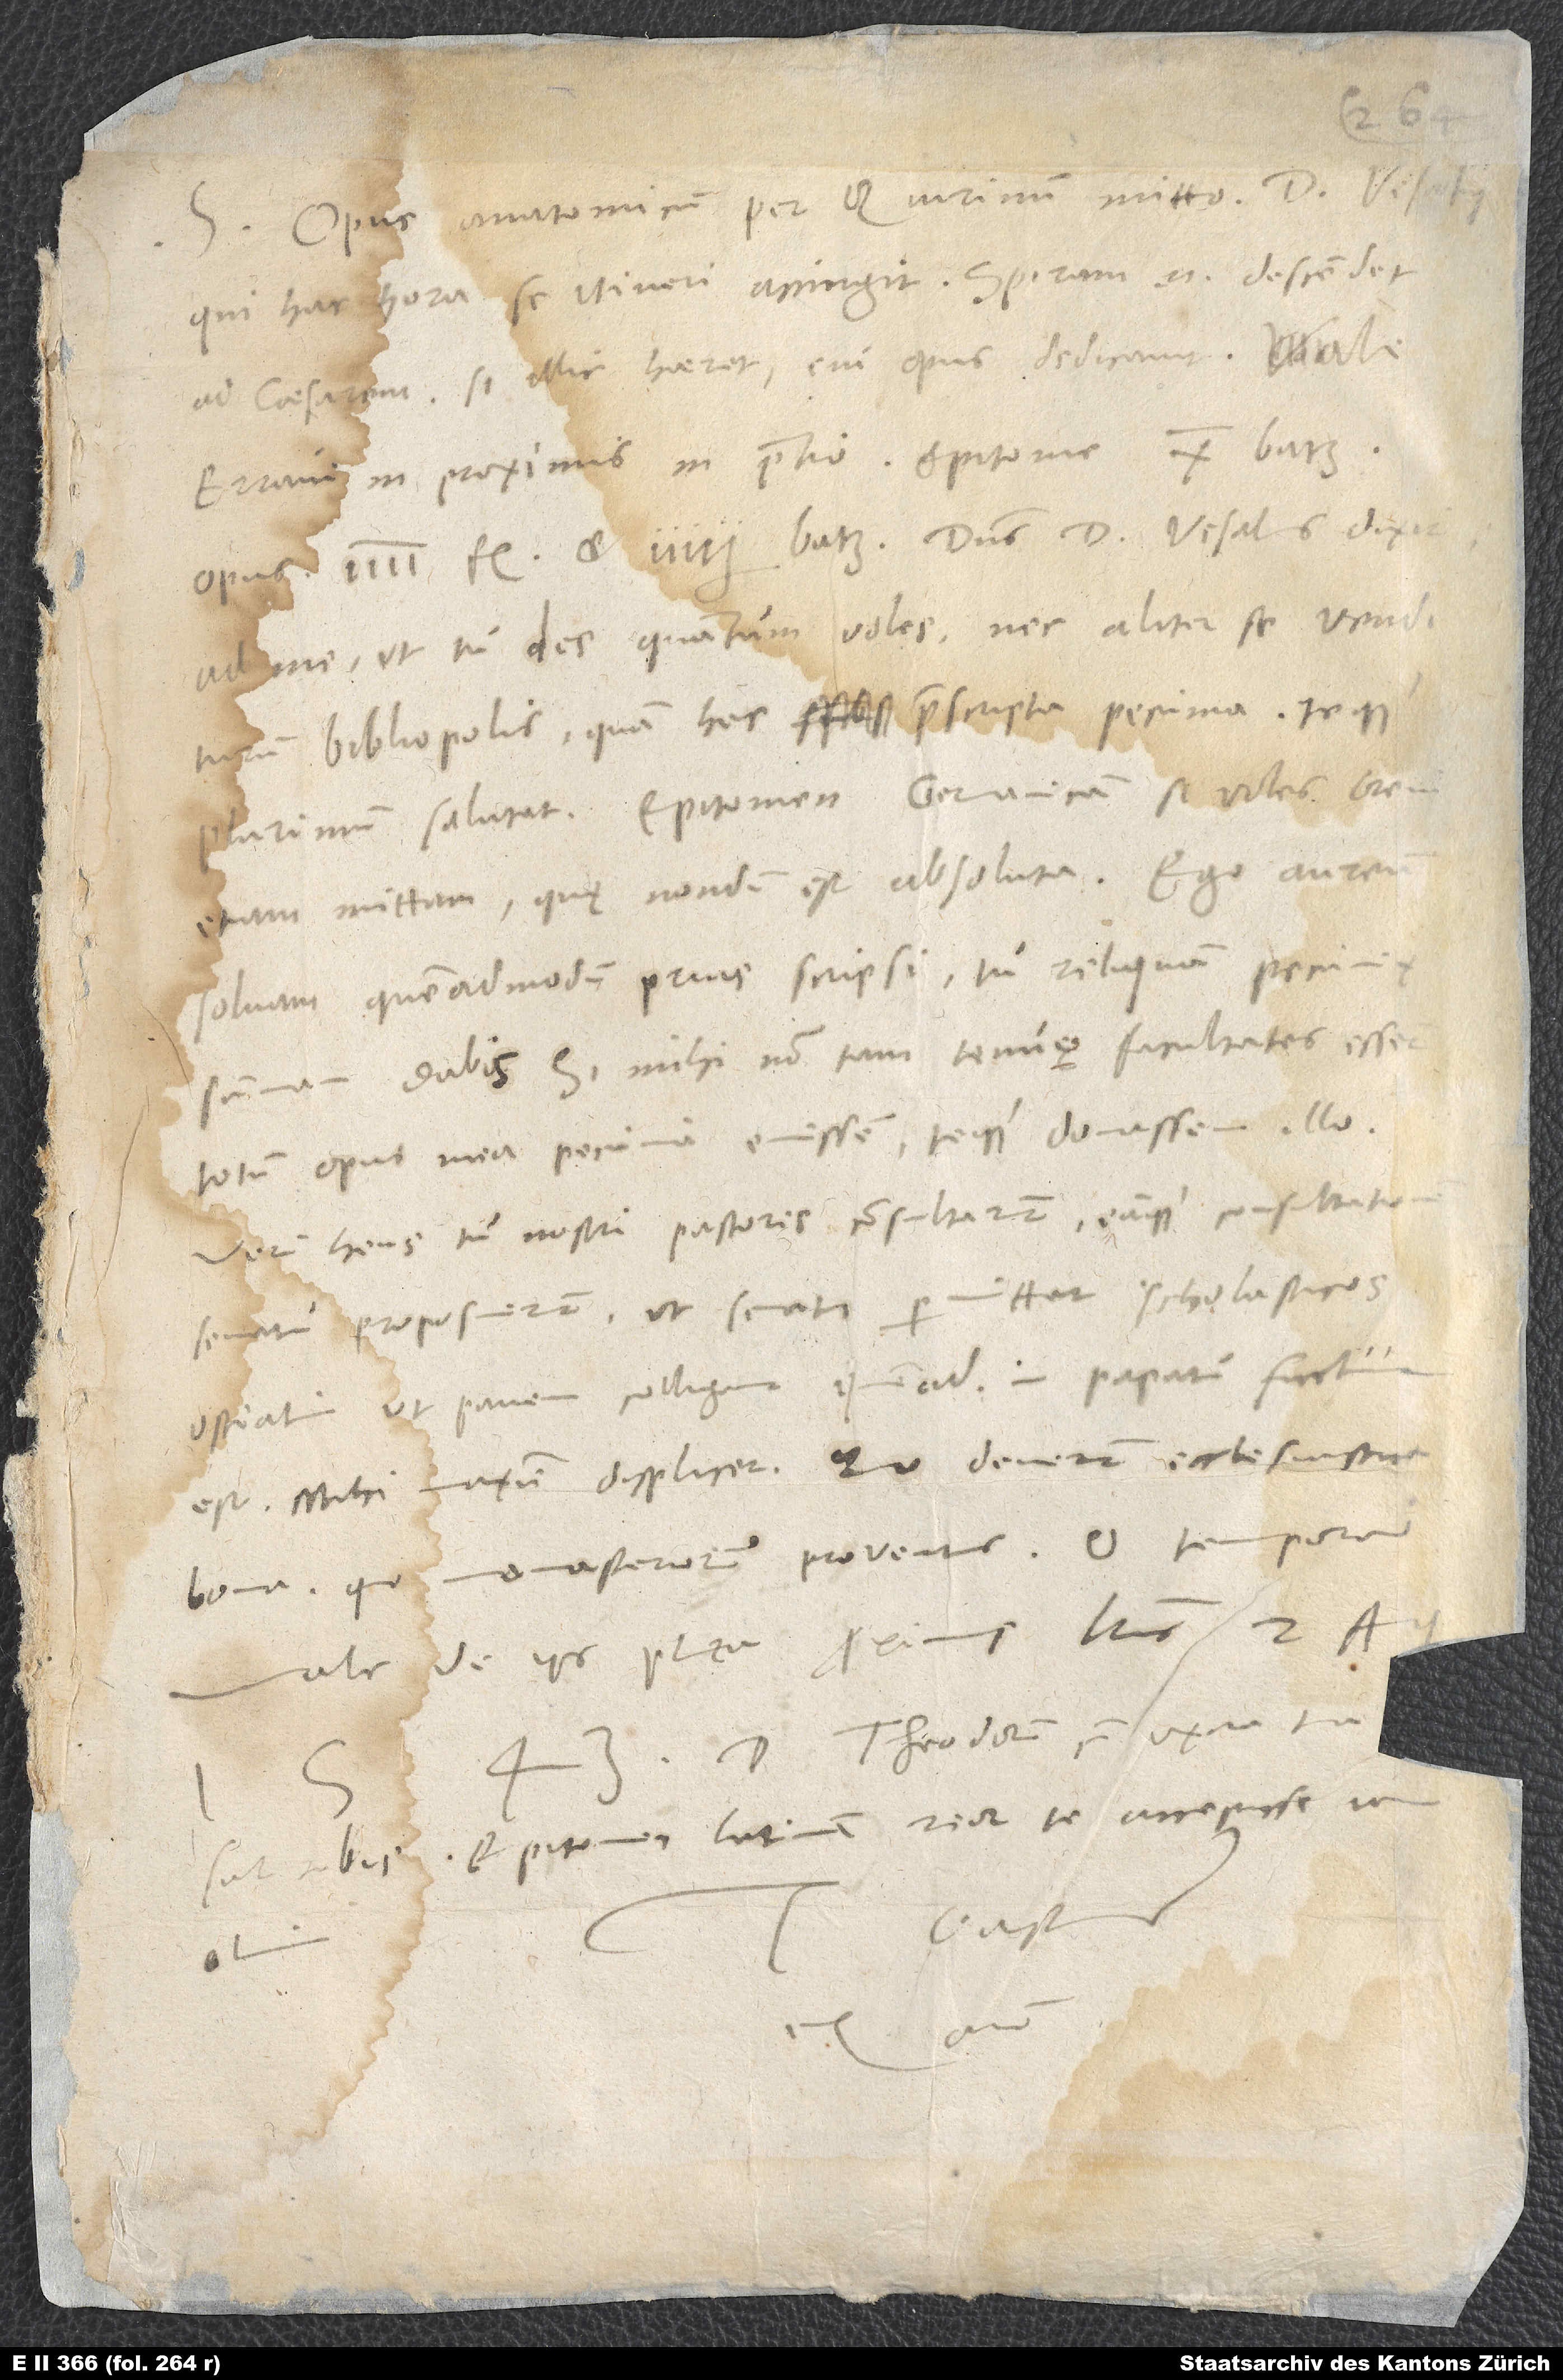
S. Opus anatomicum per Quirinum mitto d. Vesalii,
qui hac hora se itineri accingit; Spiram enim descendet
ad caesarem, si illic haeret, cui opus dedicavit. Vale.
Erravi in proximis in pretio: Epitome 10 batz,
opus 4 fl. et 4½ batz. Dominus d. Vesalius dixit
ad me, ut tu des, quantum voles, nec aliter se venditurum
bibliopolis quam hac praescripta pecunia, teque
plurimum salutat. Epitomen Germanicam si voles, brevi
etiam mittam; quę nondum est absoluta. Ego aureum
solvam, quemadmodum prius scripsi; tu reliquam pecuniae
summam dabis. Si mihi non tam tenues facultates essent,
totum opus mea pecunia emissem teque donassem illo.
Verum heus tu, nostri pastores consultarunt eamque consultationem
senatui proposuerunt, ut senatus permittat scholasticos,
ostiatim ut panem colligant, quemadmodum in papatu factum
est. Mihi maxime displicet. Quo devenerunt ecclesiastica
bona, quo monasteriorum proventus? O tempora!
Vale. De iis plura proximis literis. 2.
D. Theodorum cum uxore tua
salutabis. Epitomen Latinam reor te accepisse iam
animo.